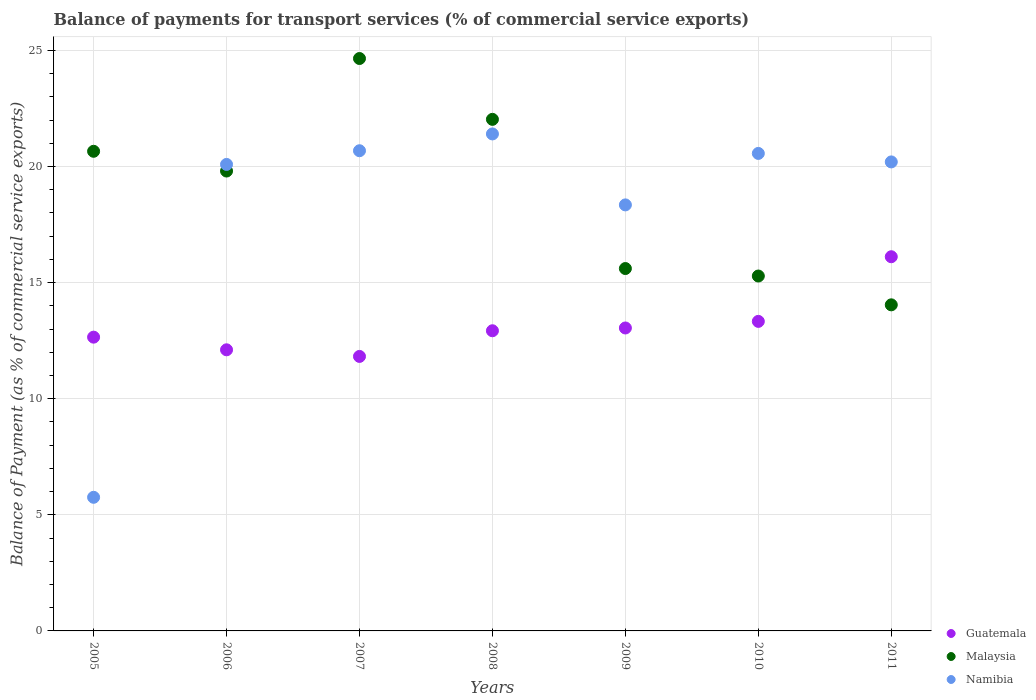
| Years | Guatemala | Malaysia | Namibia |
 | --- | --- | --- | --- |
 | 2005 | 12.6 | 20.7 | 5.75 |
 | 2006 | 12.1 | 19.8 | 20.1 |
 | 2007 | 11.8 | 24.6 | 20.7 |
 | 2008 | 12.9 | 22 | 21.4 |
 | 2009 | 13 | 15.6 | 18.3 |
 | 2010 | 13.3 | 15.3 | 20.6 |
 | 2011 | 16.1 | 14 | 20.2 |